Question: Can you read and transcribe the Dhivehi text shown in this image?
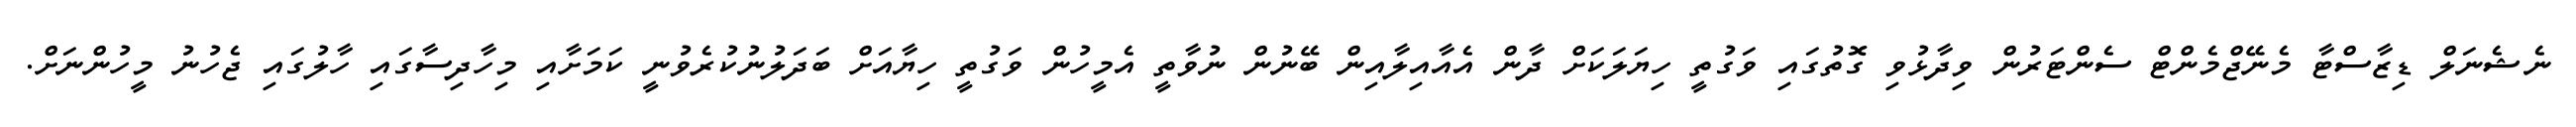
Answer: ނެޝެނަލް ޑިޒާސްޓާ މެނޭޖްމެންޓް ސެންޓަރުން ވިދާޅުވި ގޮތުގައި ވަގުތީ ހިޔަލަކަށް ދާން އެއާއިލާއިން ބޭނުން ނުވާތީ އެމީހުން ވަގުތީ ހިޔާއަށް ބަދަލުނުކުރެވުނީ ކަމަށާއި މިހާދިސާގައި ހާލުގައި ޖެހުނު މީހުންނަށް.